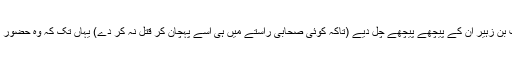
پس حضرت ابوبکر صدیق رضی اللہ عنہ چلے اور کعب بن زہیر اُن کے پیچھے پیچھے چل دیے (تاکہ کوئی صحابی راستے میں ہی اسے پہچان کر قتل نہ کر دے) یہاں تک کہ وہ حضور نبی اکرم صلی اللہ علیہ وآلہ وسلم کے سامنے پہنچ گئے۔